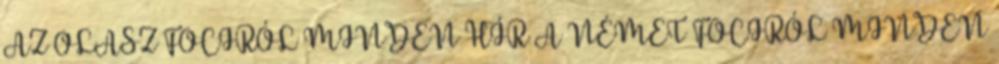
AZ OLASZ FOCIRÓL MINDEN HÍR A NÉMET FOCIRÓL MINDEN